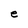
Character: e